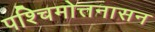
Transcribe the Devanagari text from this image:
पश्चिमोत्तनासन